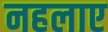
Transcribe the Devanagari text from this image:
नहलाए